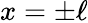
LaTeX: x=\pm\ell